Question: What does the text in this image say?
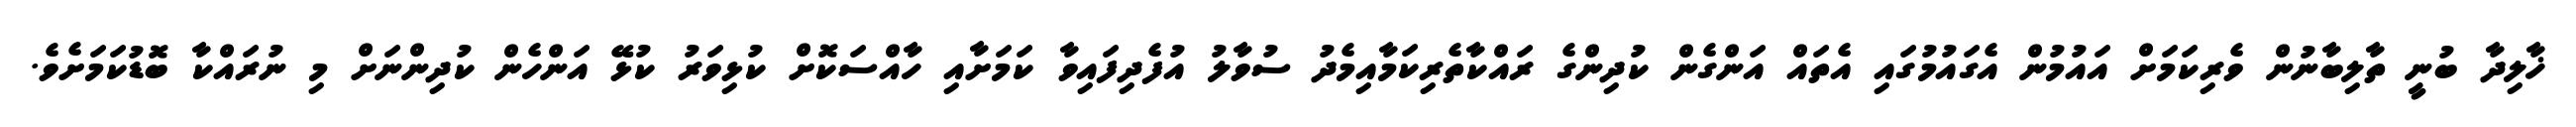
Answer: ޚާލިދާ ބުނީ ތާލިބާނުން ވެރިކަމަށް އައުމުން އެގައުމުގައި އެތައް އަންގެން ކުދިންގެ ރައްކާތެރިކަމާއިމެދު ސުވާލު އުފެދިފައިވާ ކަމަށާއި ހާއްސަކޮށް ކުޅިވަރު ކުޅޭ އަންހެން ކުދިންނަށް މި ނުރައްކާ ބޮޑުކަމަށެވެ.